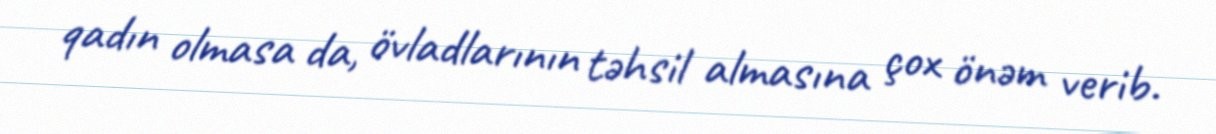
qadın olmasa da, övladlarının təhsil almasına çox önəm verib.